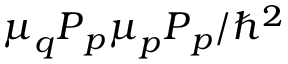
\boldsymbol { \mu } _ { q } \boldsymbol { P } _ { p } \boldsymbol { \mu } _ { p } \boldsymbol { P } _ { p } / \hbar ^ { 2 }